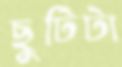
ছুটিটা